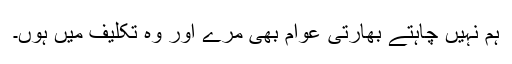
ہم نہیں چاہتے بھارتی عوام بھی مرے اور وہ تکلیف میں ہوں۔